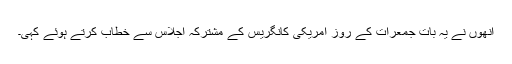
اُنھوں نے یہ بات جمعرات کے روز امریکی کانگریس کے مشترکہ اجلاس سے خطاب کرتے ہوئے کہی۔